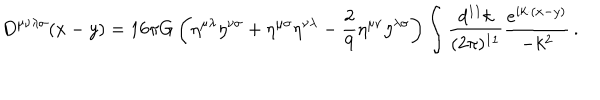
D ^ { \mu \nu \lambda \sigma } ( x - y ) = 1 6 \pi G \left( \eta ^ { \mu \lambda } \eta ^ { \nu \sigma } + \eta ^ { \mu \sigma } \eta ^ { \nu \lambda } - { \frac { 2 } { 9 } } \eta ^ { \mu \nu } \eta ^ { \lambda \sigma } \right) \int { \frac { d ^ { 1 1 } k } { ( 2 \pi ) ^ { 1 1 } } } { \frac { e ^ { i k \cdot ( x - y ) } } { - k ^ { 2 } } } \, .